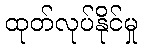
ထုတ်လုပ်နိုင်မှု